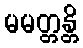
မမတ္တန္တိ